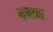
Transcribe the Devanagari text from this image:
भ्रमाचा